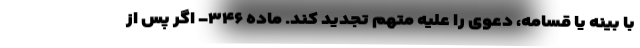
با بینه یا قسامه، دعوی را علیه متهم تجدید کند. ماده ۳۴۶- اگر پس از